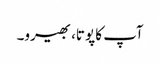
آپ کا پوتا، بھیرو۔